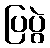
ပြပွဲ